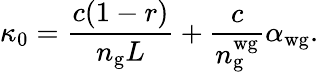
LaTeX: \kappa_{0}=\frac{c(1-r)}{n_{\mathrm{g}}L}+\frac{c}{n_{\mathrm{g}}^{\mathrm{wg}}}\alpha_{\mathrm{wg}}.